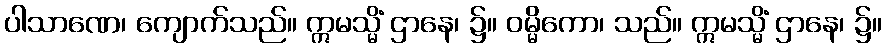
ပါသာဏေ၊ ကျောက်သည်။ ဣမသ္မိံ ဌာနေ၊ ၌။ ဝမ္မိကော၊ သည်။ ဣမသ္မိံ ဌာနေ၊ ၌။